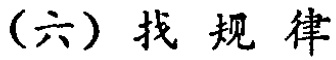
（六）找 规律